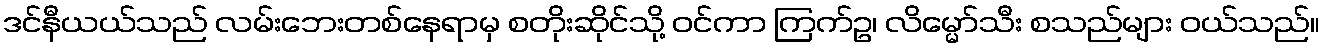
ဒင်နီယယ်သည် လမ်းဘေးတစ်နေရာမှ စတိုးဆိုင်သို့ ဝင်ကာ ကြက်ဥ၊ လိမ္မော်သီး စသည်များ ဝယ်သည်။